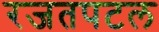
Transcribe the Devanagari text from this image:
रजतपटल